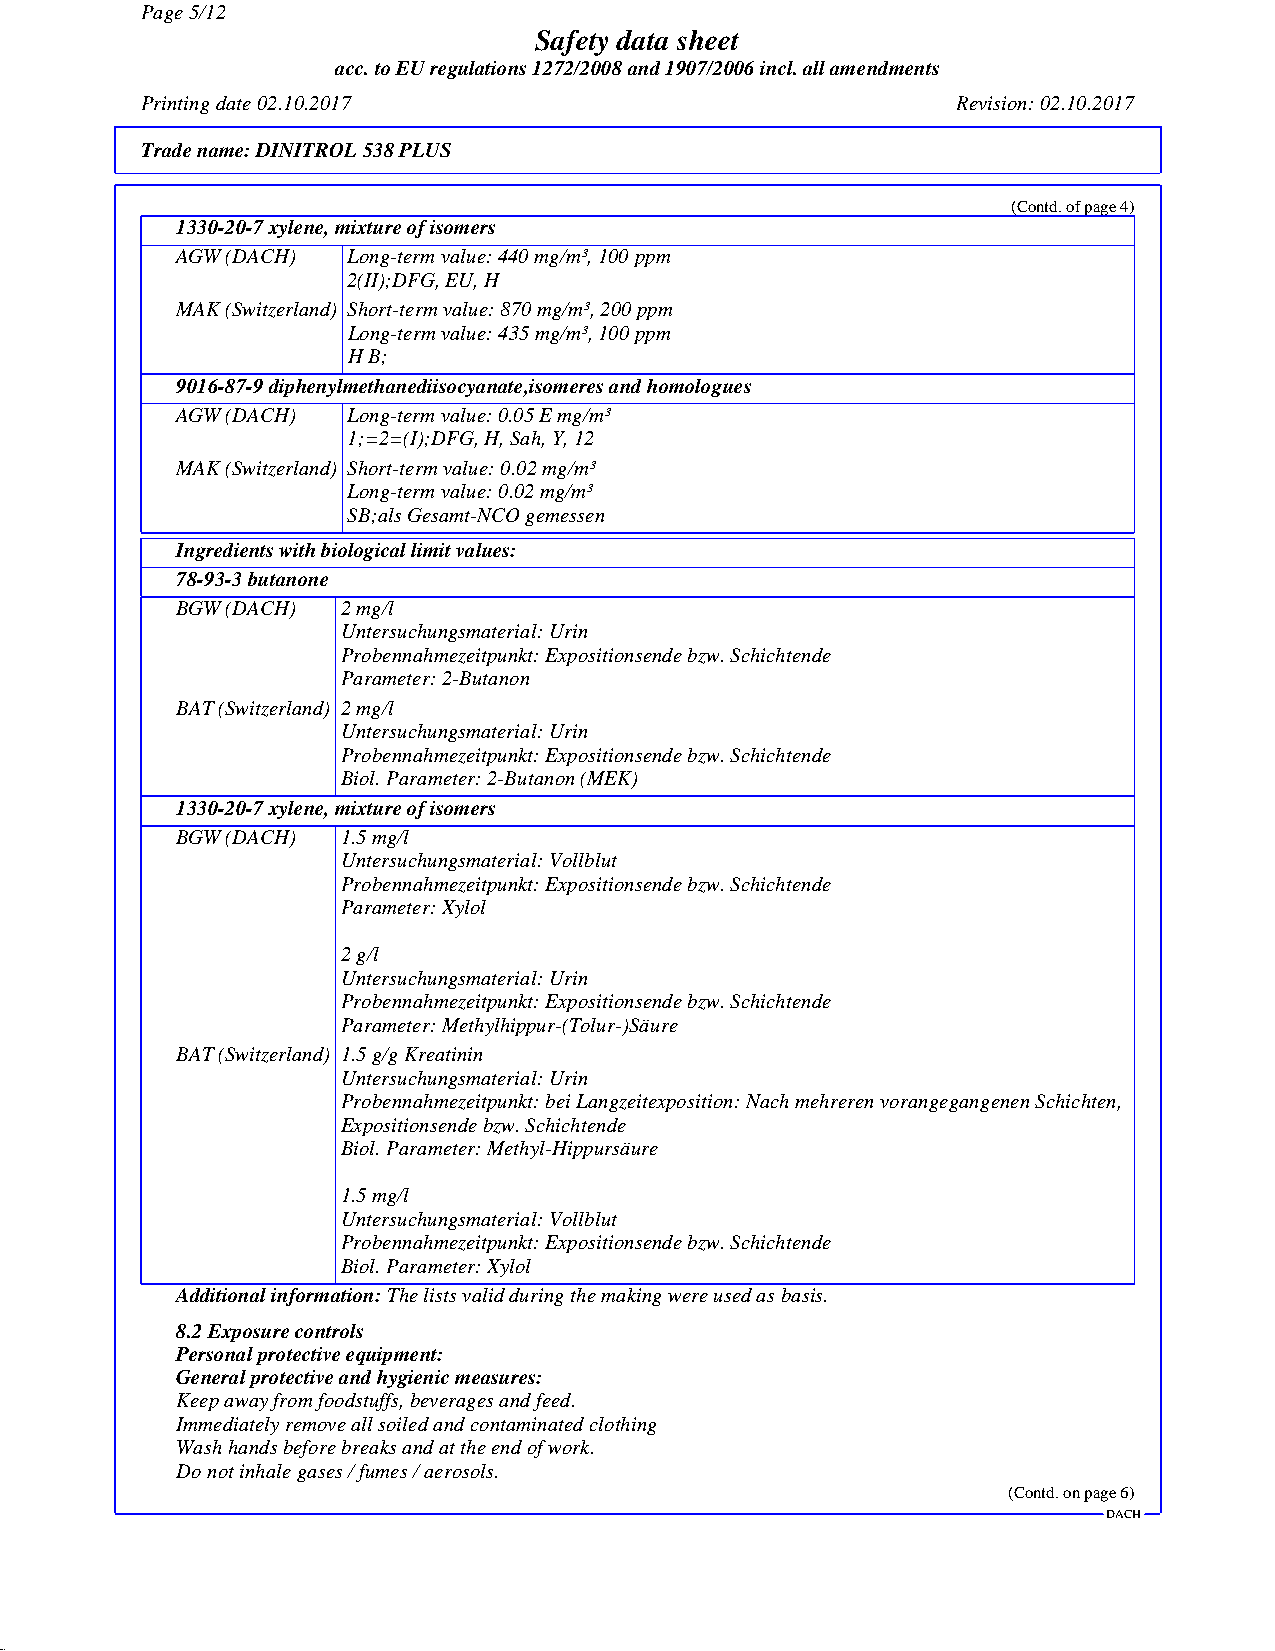
Page 5/12
 Safety data sheet
 acc. to EU regulations 1272/2008 and 1907/2006 incl. all amendments
 Printing date 02.10.2017                              Revision: 02.10.2017
 Trade name:DINITROL 538 PLUS
 (Contd. of page 4)
 1330-20-7xylene, mixture of isomers
 AGW (DACH) Long-term value: 440 mg/m³, 100 ppm
 2(II);DFG, EU, H
 MAK (Switzerland) Short-term value: 870 mg/m³, 200 ppm
 Long-term value: 435 mg/m³, 100 ppm
 H B;
 9016-87-9diphenylmethanediisocyanate,isomeres and homologues
 AGW (DACH) Long-term value: 0.05 E mg/m³
 1;=2=(I);DFG, H, Sah, Y, 12
 MAK (Switzerland) Short-term value: 0.02 mg/m³
 Long-term value: 0.02 mg/m³
 SB;als Gesamt-NCO gemessen
 Ingredients with biological limit values:
 78-93-3butanone
 BGW (DACH) 2 mg/l
 Untersuchungsmaterial: Urin
 Probennahmezeitpunkt: Expositionsende bzw. Schichtende
 Parameter: 2-Butanon
 BAT (Switzerland) 2 mg/l
 Untersuchungsmaterial: Urin
 Probennahmezeitpunkt: Expositionsende bzw. Schichtende
 Biol. Parameter: 2-Butanon (MEK)
 1330-20-7xylene, mixture of isomers
 BGW (DACH) 1.5 mg/l
 Untersuchungsmaterial: Vollblut
 Probennahmezeitpunkt: Expositionsende bzw. Schichtende
 Parameter: Xylol
 2 g/l
 Untersuchungsmaterial: Urin
 Probennahmezeitpunkt: Expositionsende bzw. Schichtende
 Parameter: Methylhippur-(Tolur-)Säure
 BAT (Switzerland) 1.5 g/g Kreatinin
 Untersuchungsmaterial: Urin
 Probennahmezeitpunkt: bei Langzeitexposition: Nach mehreren vorangegangenen Schichten,
 Expositionsende bzw. Schichtende
 Biol. Parameter: Methyl-Hippursäure
 1.5 mg/l
 Untersuchungsmaterial: Vollblut
 Probennahmezeitpunkt: Expositionsende bzw. Schichtende
 Biol. Parameter: Xylol
 Additional information:The lists valid during the making were used as basis.
 8.2 Exposure controls
 Personal protective equipment:
 General protective and hygienic measures:
 Keep away from foodstuffs, beverages and feed.
 Immediately remove all soiled and contaminated clothing
 Wash hands before breaks and at the end of work.
 Do not inhale gases / fumes / aerosols.
 (Contd. on page 6)
 DACH
 45.2.5